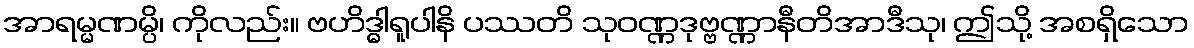
အာရမ္မဏမ္ပိ၊ ကိုလည်း။ ဗဟိဒ္ဓါရူပါနိ ပဿတိ သုဝဏ္ဏဒုဗ္ဗဏ္ဏာနီတိအာဒီသု၊ ဤသို့ အစရှိသော